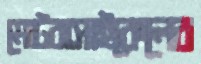
মোটরাসাইকেলের